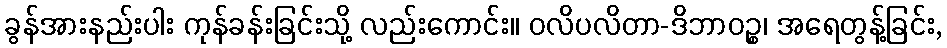
ခွန်အားနည်းပါး ကုန်ခန်းခြင်းသို့ လည်းကောင်း။ ဝလိပလိတာ-ဒိဘာဝဉ္စ၊ အရေတွန့်ခြင်း,